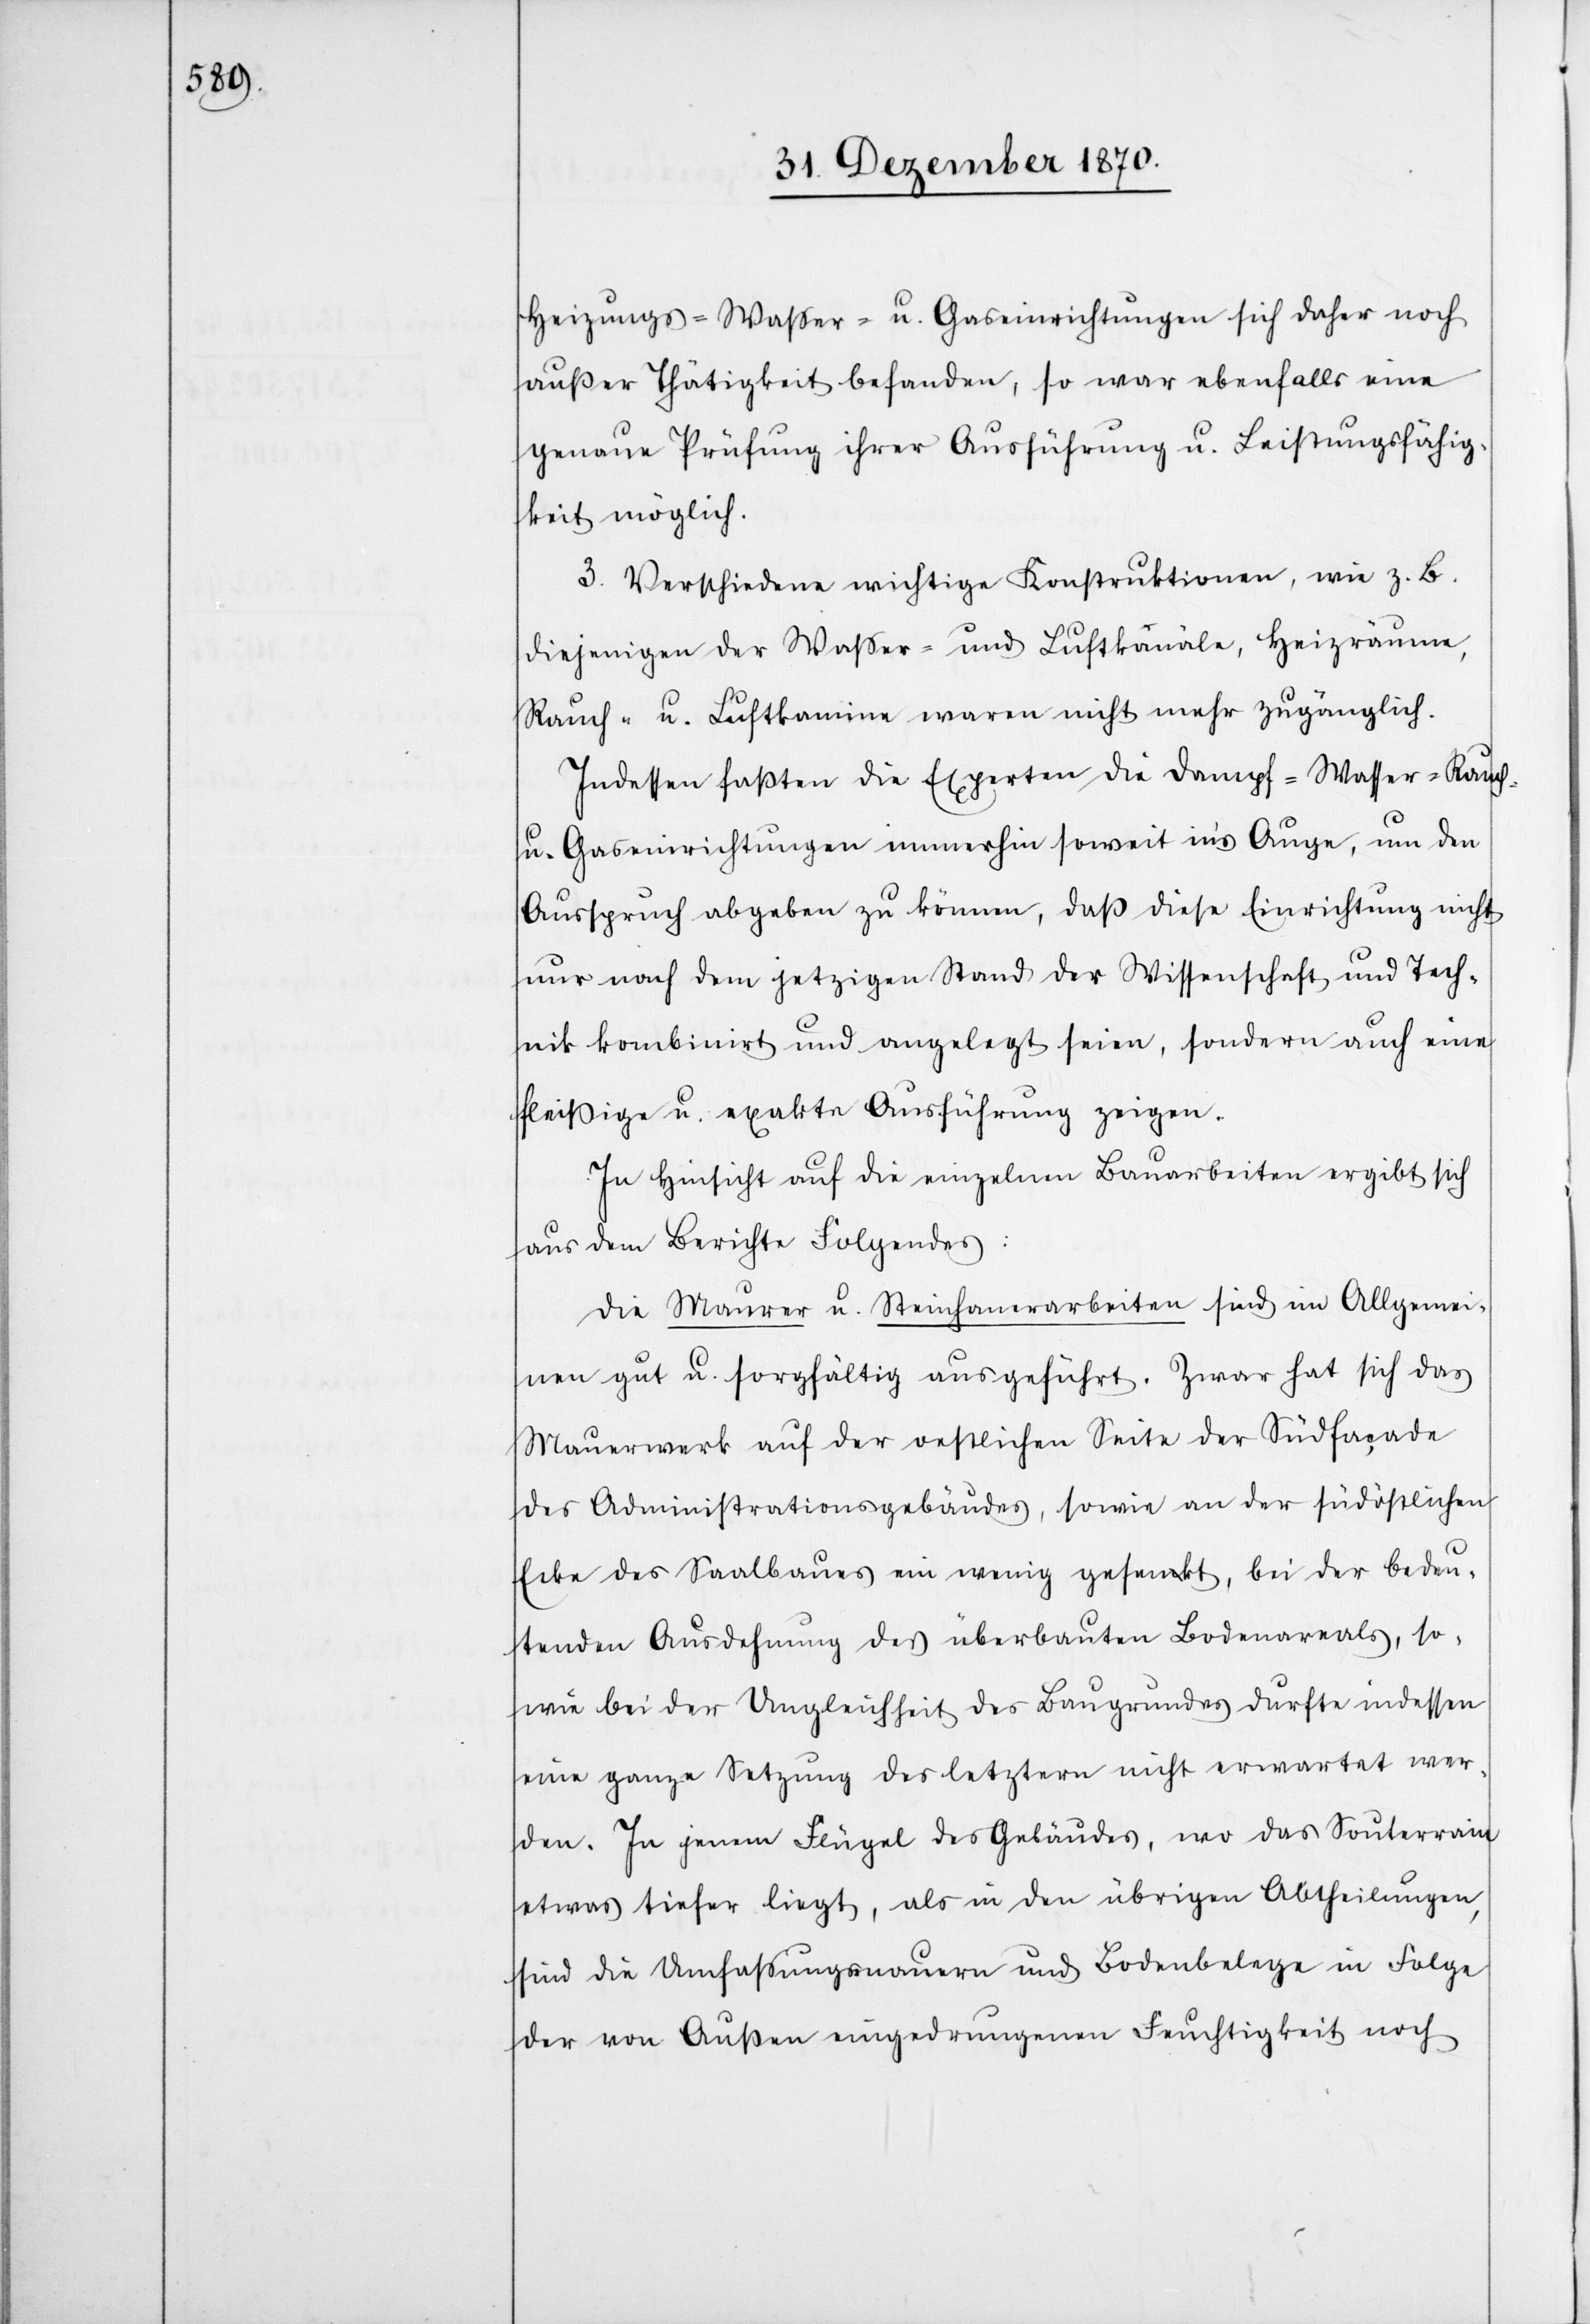
Heizungs-[,] Waßer- u. Gaseinrichtungen sich daher noch
außer Thätigkeit befanden, so war ebenfalls eine
genaue Prüfung ihrer Ausführung u. Leistungsfähig¬
keit möglich.
3. Verschiedene wichtige Konstruktionen, wie z. B.
diejenigen der Waßer- und Luftkanäle, Heizräume,
Rauch- u. Luftkamine waren nicht mehr zugänglich.
Indessen fassten die Experten die Dampf-[,] Waßer-[,] Rauch-
u. Gaseinrichtungen immerhin soweit in’s Auge, um den
Ausspruch abgeben zu können, daß diese Einrichtung[en] nicht
nur nach dem jetzigen Stand der Wissenschaft und Tech¬
nik kombinirt und angelegt seien, sondern auch eine
fleißige u. exakte Ausführung zeigen.
In Hinsicht auf die einzelnen Bauarbeiten ergibt sich
aus dem Berichte Folgendes:
Die Maurer u. Steinhauerarbeiten sind im Allgemei¬
nen gut u. sorgfältig ausgeführt. Zwar hat sich das
Mauerwerk auf der oestlichen Seite der Südfaçade
des Administrationsgebäudes, sowie an der südöstlichen
Ecke des Saalbaues ein wenig gesenkt, bei der bedeu¬
tenden Ausdehnung des überbauten Bodenareals, so¬
wie bei der Ungleichheit des Baugrundes durfte indessen
eine ganze Setzung der letztern nicht erwartet wer¬
den. In jenem Flügel des Gebäudes, wo das Souterrain
etwas tiefer liegt, als in den übrigen Abtheilungen,
sind die Umfaßungsmauern und Bodenbelege in Folge
der von Außen eingedrungenen Feuchtigkeit noch